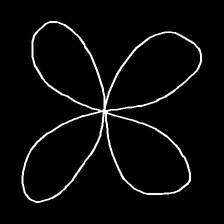
Glyph: billowing